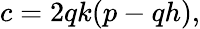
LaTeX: c=2qk(p-qh),